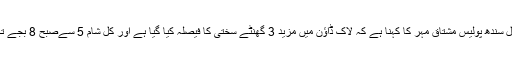
اس حوالے سے انسپکٹر جنرل سندھ پولیس مشتاق مہر کا کہنا ہے کہ لاک ڈاؤن میں مزید 3 گھنٹے سختی کا فیصلہ کیا گیا ہے اور کل شام 5 سےصبح 8 بجے تک تمام کاروبار بند رہے گا۔